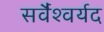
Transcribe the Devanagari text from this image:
सर्वैश्‍वर्यद